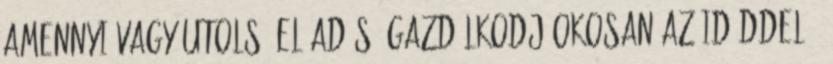
amennyi vagy Utolsó előadás: gazdálkodj okosan az időddel 0